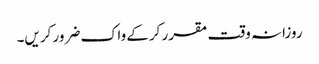
روزانہ وقت مقرر کرکے واک ضرور کریں۔